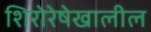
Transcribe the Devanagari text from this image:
शिरोरेषेखालील